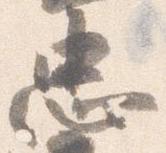
忠